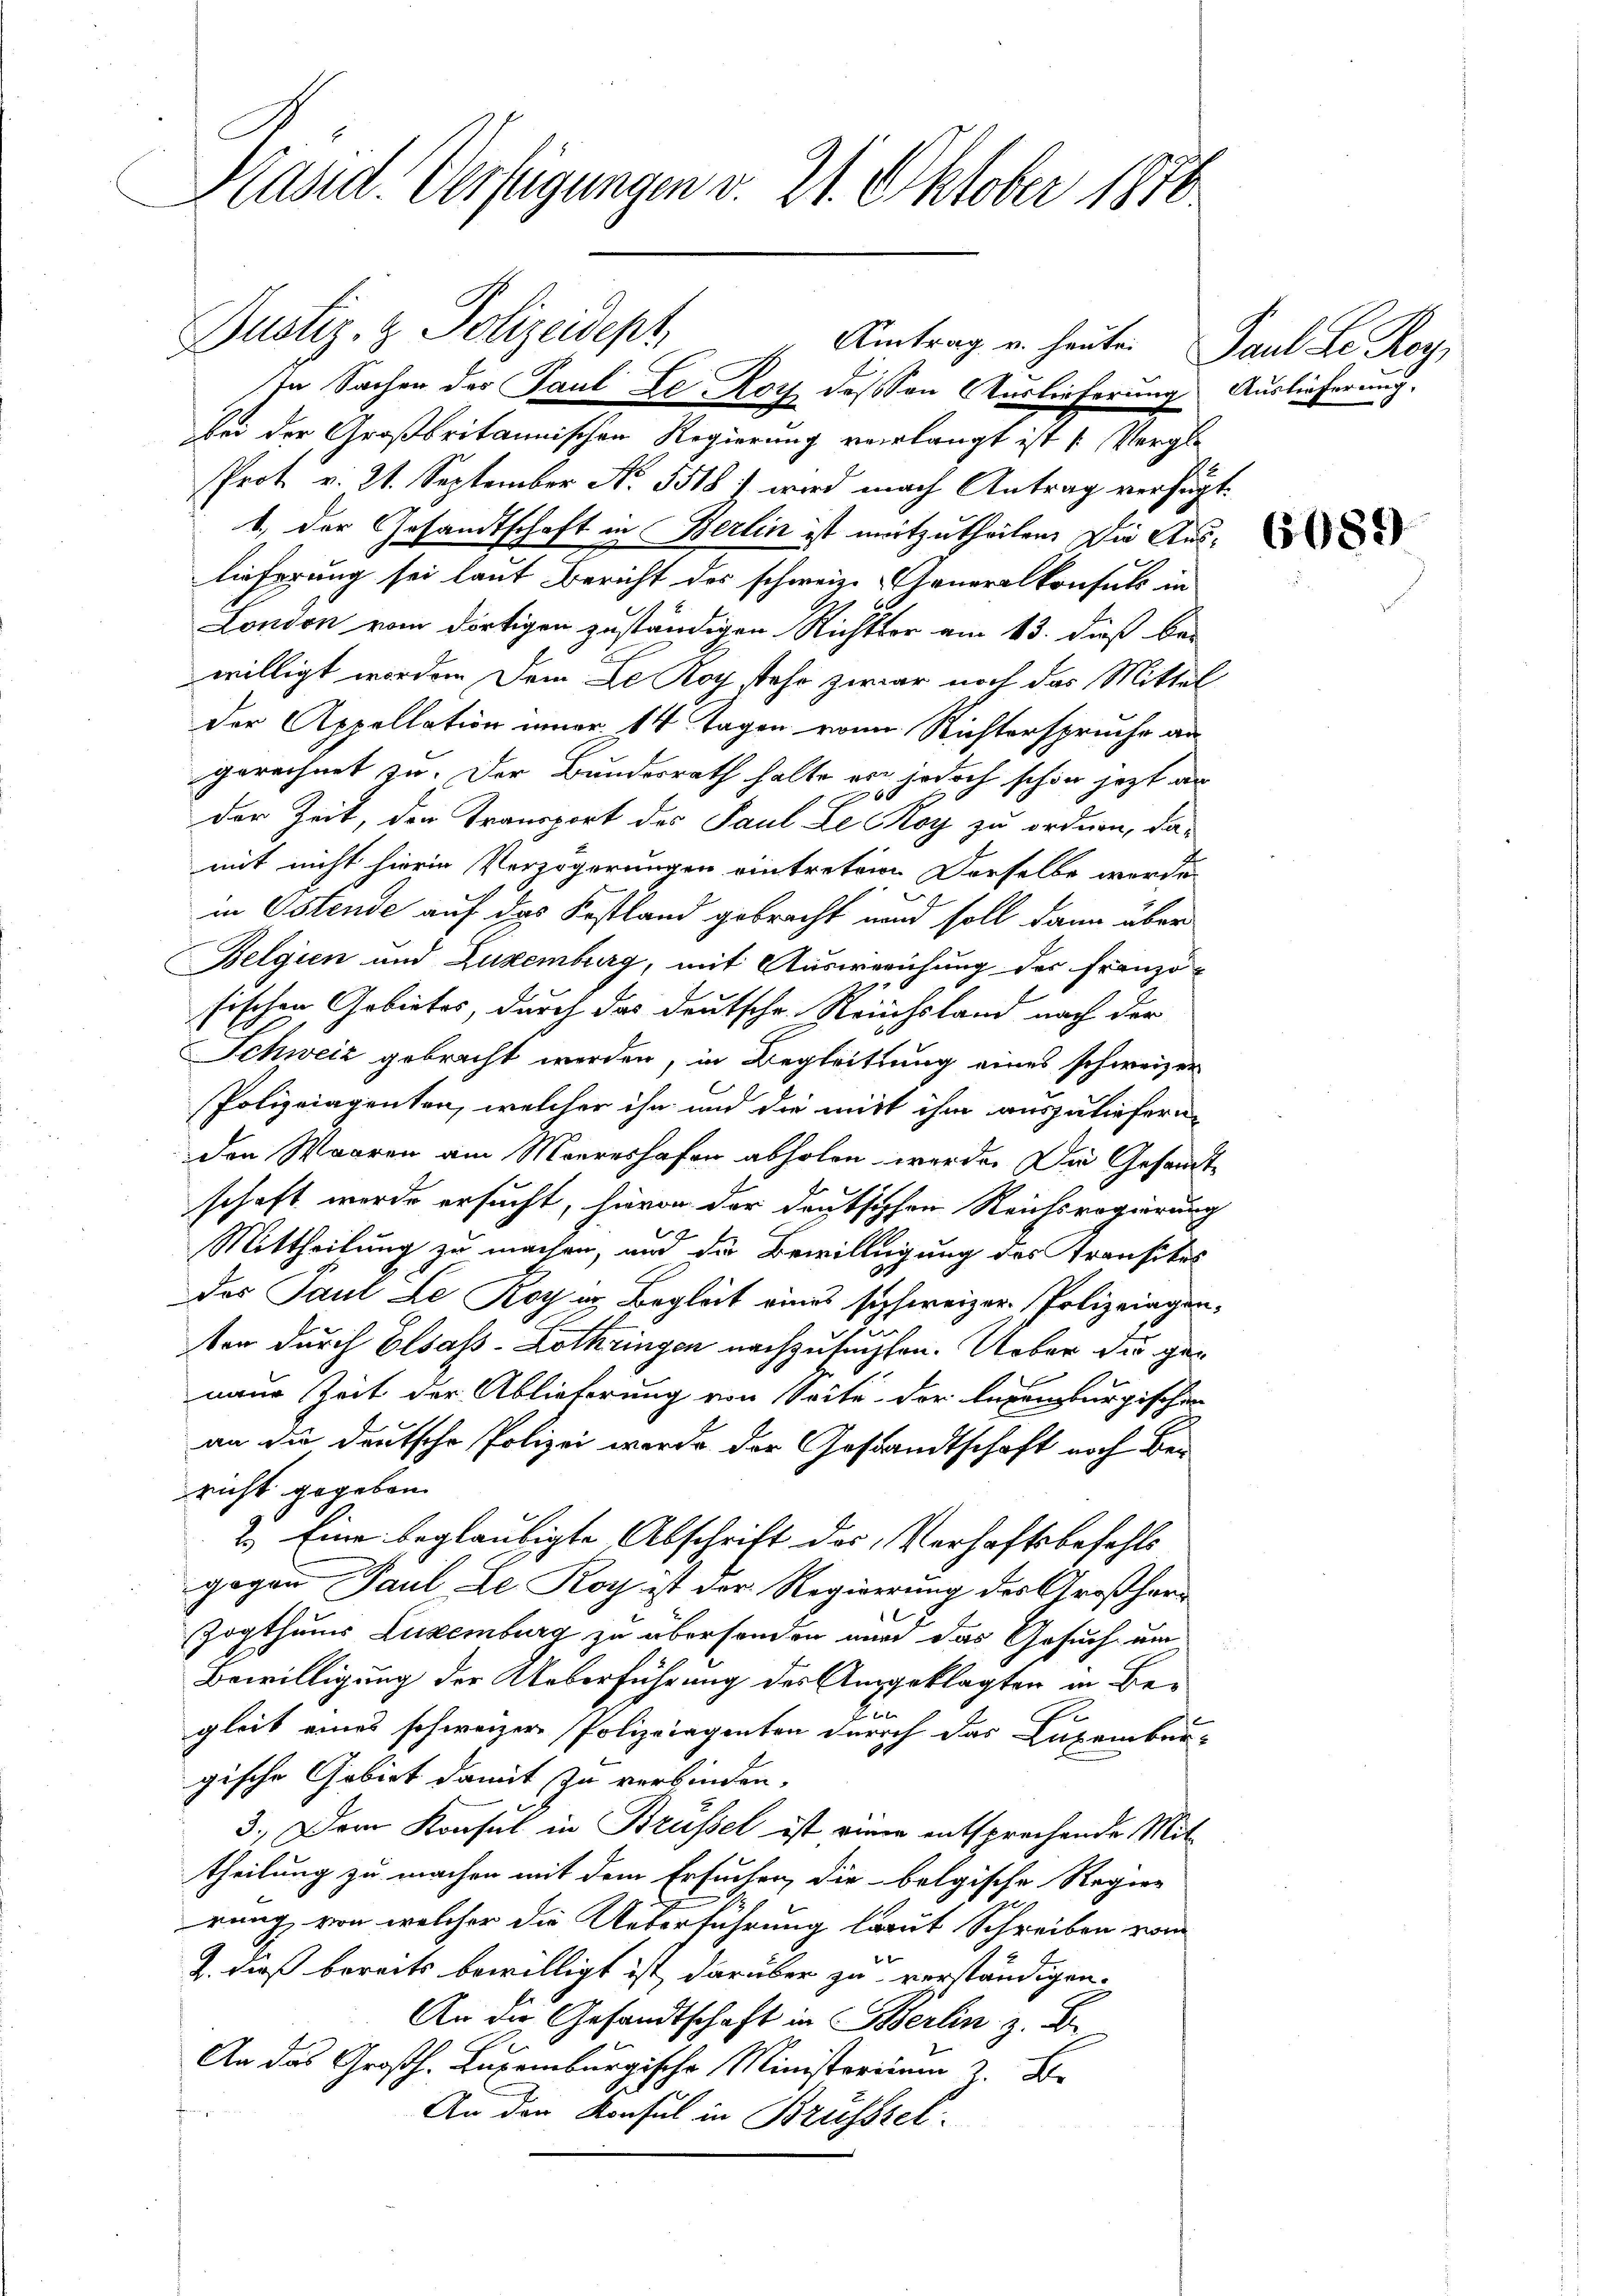
Präsid. Verfügungen v. 21. Oktober 1810.

In Sachen der Paul Le Roth deßen Auslieferung Auslieferung.
bei der Großbritannischen Regierung verlangt ist (Vergle
Prot. v. 21. September No. 5518 f wird nach Antrag verfügt.
1. der Gesandtschaft in Berlin ist mitzutheilen. Die Auslieferung sei laut Bericht des schweiz. Generalkonsuls in
London vom dortigen zuständigen Richter am 13. dieß bei
willigt worden Dem De Roy stehe zwar noch das Mittel
der Appellation inner 14 Tagen von Nichterspruche an
gerechnet zu. Der Bundesrath halte er jedoch schon jetzt an
der Zeit, den Transport des Paul Le Moy zu ordnen, damit nicht hierin Verzögerungen eintretene Derselbe werde.
in Ostende auf das Kostland gebracht und soll dann über
Belgien und Zuxemburg, mit Ausweichung der Franzö-
sischen Gebietes, durch das Deutsche Reichsland nach der
Schweiz gebracht werden, in Begleitung eines schweizer
Polizeiagenten, welcher ihn und die mitt ihm auszuliefern,
den Waaren am Meereshofen abholen werde. Die Gesandtschaft werde ersucht, hievon der deutschen Reichsregierung
Mittheilung zu machen, und die Bewilligung des Kronsites
das Paul Le Roth in Begleit eines schweizer Polizeingen.
ten durch Elsass-Lothringen nachzusuchten. Ueber die genaue Zeit der Ablieferung von Seite der legenburgischen
an die deutsche Polizei werde der Gestandtschaft noch bei
richt gegeben.
2.) Eine beglaubigte Abschrift des Verhaftsbefehls
gegen Paul Le Roy ist der Regierung des Großher¬
Zogthums Luxenburg zu übersonden wird das Gesuch, um
Bewilligung der Ueberführung des Ausgeklagten in Be¬
Eun
E
gleit eines schweizer Polizeigenten durch das Luxenbergische Gebiet damit zu verbinden.
3.) Dem Konsul in Brüssel ist eine entsprechende Mittheilung zu machen mit dem Ersuchen, die belgische Regier
rung, von welcher die Ueberführung laut Schreiben von
2. dieß bereits bewilligt ist, darüber zu verständigen.
An der Gesandtschaft in Berlin z. B.
An das Großh. Luxenburgische Ministerium 2. Be
An der Konsul in Brüsstel

Justiz- & Polizeidept, Antrag u. heute. Paul Se. Mey

6089)